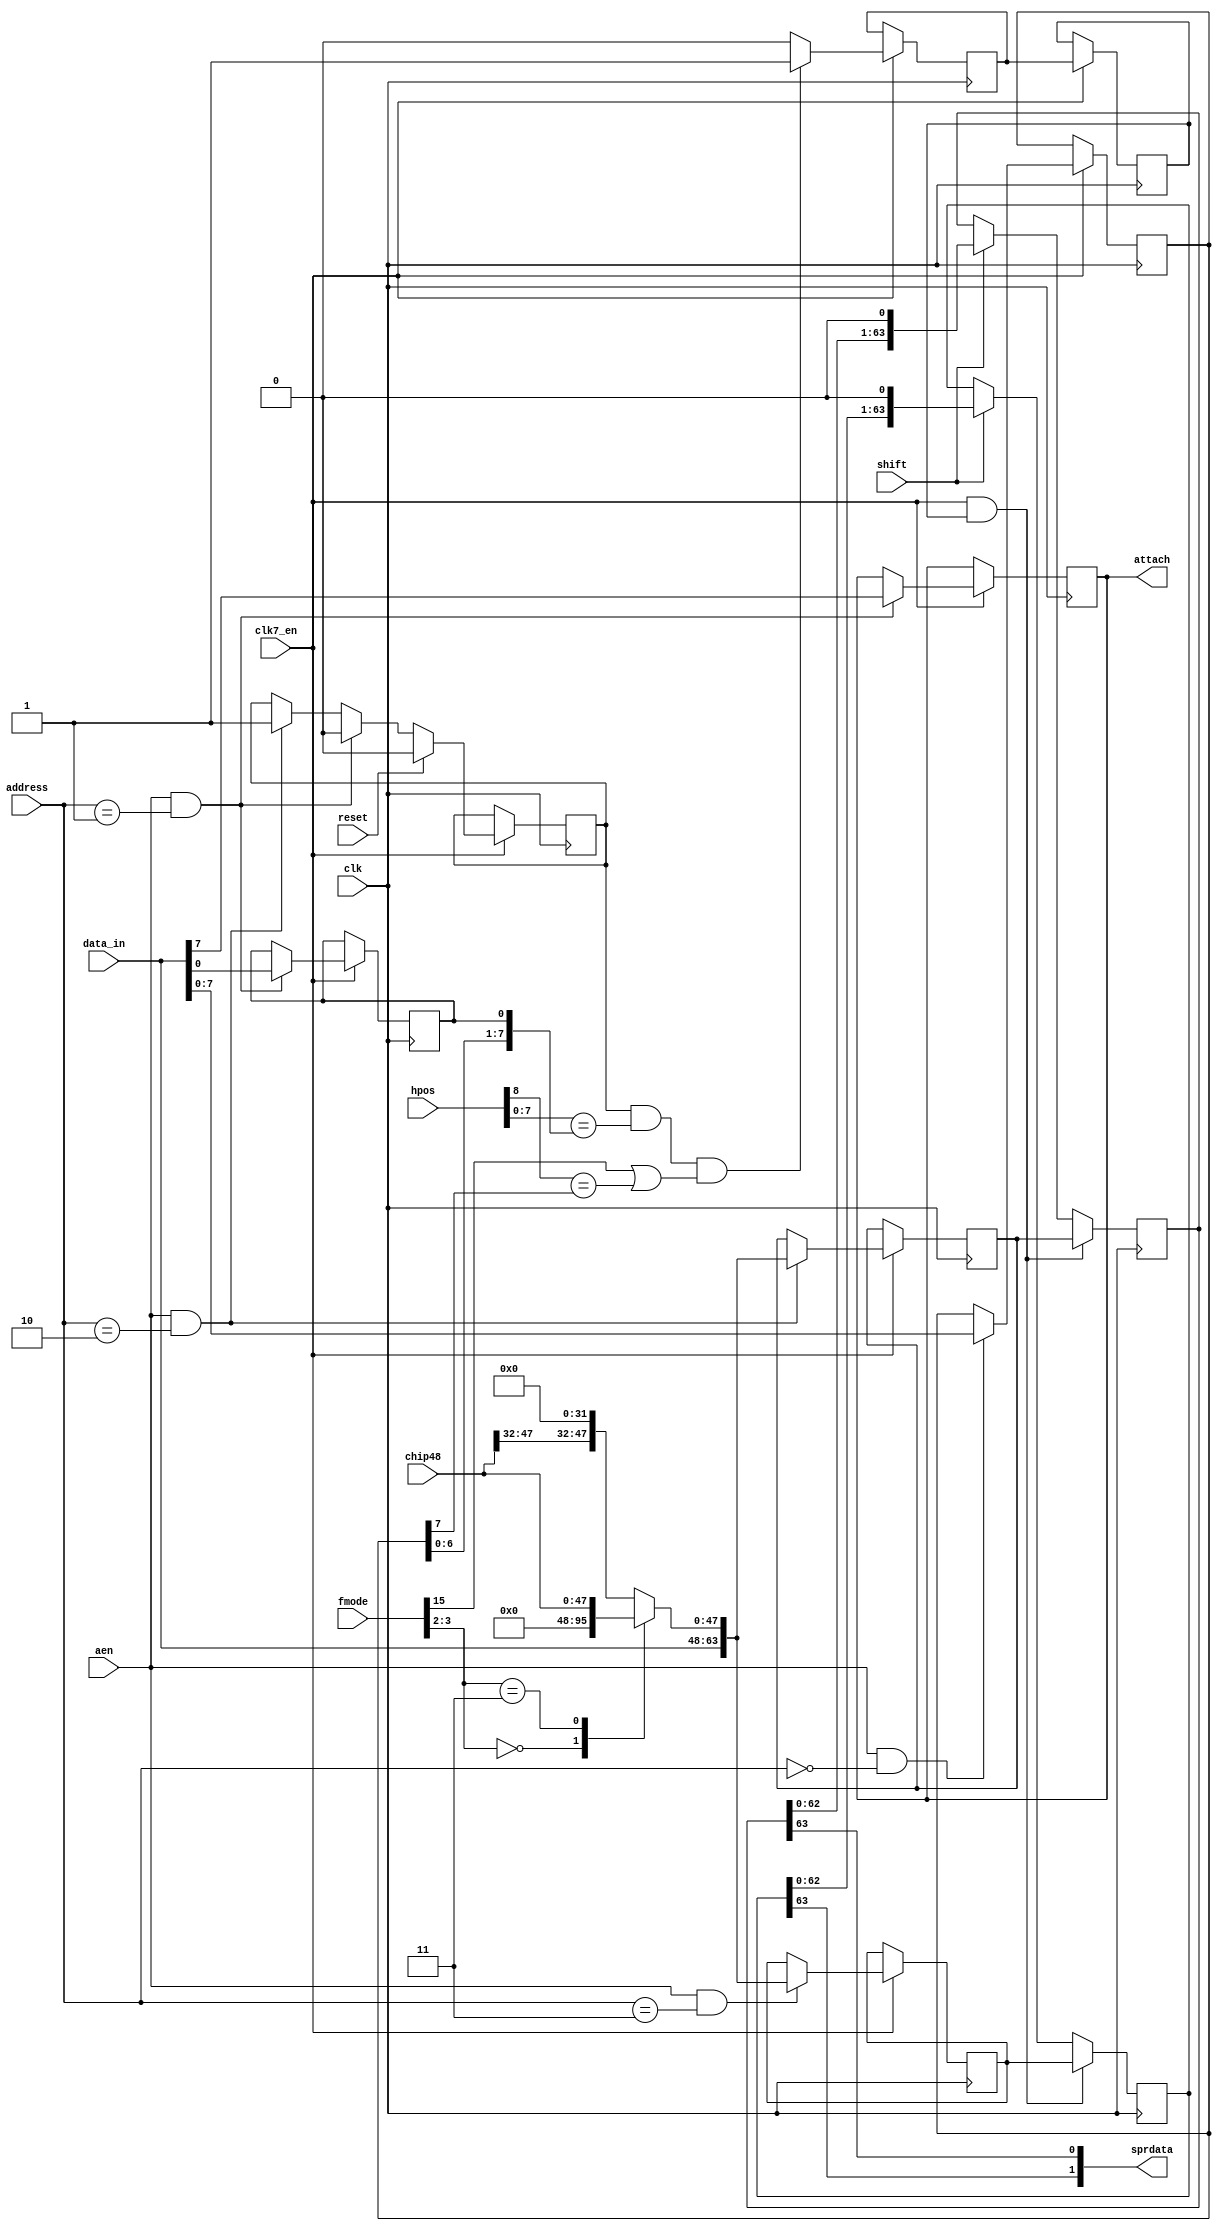
module denise_sprites_shifter
(
  input   clk,          // 28MHz clock
  input clk7_en,
  input   reset,            // reset
  input  aen,          // address enable
  input  [1:0] address,         // register address input
  input  [8:0] hpos,        // horizontal beam counter
  input [15:0] fmode,
  input shift,
  input [48-1:0] chip48,
  input   [15:0] data_in,     // bus data in
  output  [1:0] sprdata,      // serialized sprite data out
  output  reg attach        // sprite is attached
);

// register names and adresses
parameter POS  = 2'b00;
parameter CTL  = 2'b01;
parameter DATA = 2'b10;
parameter DATB = 2'b11;

// local signals
reg    [63:0] datla;    // data register A
reg    [63:0] datlb;    // data register B
reg    [63:0] shifta;    // shift register A
reg    [63:0] shiftb;    // shift register B
reg    [8:0] hstart;    // horizontal start value
reg    armed;        // sprite "armed" signal
reg    load;        // load shift register signal
reg    load_del;

//--------------------------------------------------------------------------------------

// switch data according to fmode
reg  [64-1:0] spr_fmode_dat;

always @ (*) begin
  case(fmode[3:2])
    2'b00   : spr_fmode_dat = {data_in, 48'h000000000000};
    2'b11   : spr_fmode_dat = {data_in, chip48[47:0]};
    default : spr_fmode_dat = {data_in, chip48[47:32], 32'h00000000};
  endcase
end

// generate armed signal
always @(posedge clk)
  if (clk7_en) begin
    if (reset) // reset disables sprite
      armed <= 0;
    else if (aen && address==CTL) // writing CTL register disables sprite
      armed <= 0;
    else if (aen && address==DATA) // writing data register A arms sprite
      armed <= 1;
  end

//--------------------------------------------------------------------------------------

// generate load signal
always @(posedge clk)
  if (clk7_en) begin
    load <= armed && (hpos[7:0] == hstart[7:0]) && (fmode[15] || (hpos[8] == hstart[8])) ? 1'b1 : 1'b0;
  end

always @(posedge clk)
  if (clk7_en) begin
    load_del <= load;
  end

//--------------------------------------------------------------------------------------

// POS register
always @(posedge clk)
  if (clk7_en) begin
    if (aen && address==POS)
      hstart[8:1] <= data_in[7:0];
  end

// CTL register
always @(posedge clk)
  if (clk7_en) begin
    if (aen && address==CTL)
      {attach,hstart[0]} <= {data_in[7],data_in[0]};
  end

// data register A
always @(posedge clk)
  if (clk7_en) begin
    if (aen && address==DATA)
      datla[63:0] <= spr_fmode_dat;
  end

// data register B
always @(posedge clk)
  if (clk7_en) begin
    if (aen && address==DATB)
      datlb[63:0] <= spr_fmode_dat;
  end

//--------------------------------------------------------------------------------------

// sprite shift register
always @(posedge clk)
  if (clk7_en && load_del) // load new data into shift register
  begin
    shifta[63:0] <= datla[63:0];
    shiftb[63:0] <= datlb[63:0];
  end
  else if (shift)
  begin
    shifta[63:0] <= {shifta[62:0],1'b0};
    shiftb[63:0] <= {shiftb[62:0],1'b0};
  end

// assign serialized output data
assign sprdata[1:0] = {shiftb[63],shifta[63]};

//--------------------------------------------------------------------------------------

endmodule